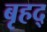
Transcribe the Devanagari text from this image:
बृहद्‌